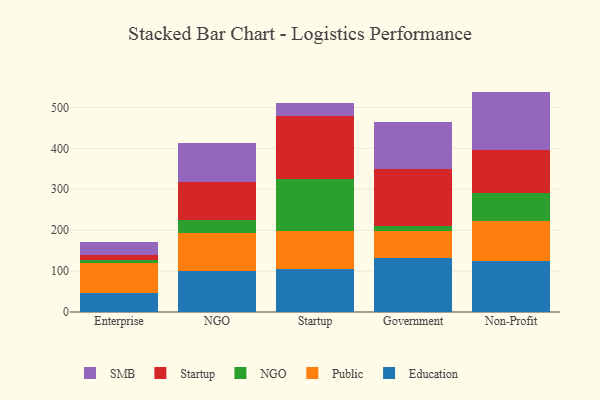
{"axis": {"x": "Segment", "y": "Inventory Turnover"}, "legend": ["Education", "NGO", "Public", "SMB", "Startup"], "data": [{"x": "Enterprise", "y": 46.5, "type": "Education"}, {"x": "Enterprise", "y": 73.3, "type": "Public"}, {"x": "Enterprise", "y": 7.1, "type": "NGO"}, {"x": "Enterprise", "y": 12.5, "type": "Startup"}, {"x": "Enterprise", "y": 32.8, "type": "SMB"}, {"x": "NGO", "y": 100.9, "type": "Education"}, {"x": "NGO", "y": 91.8, "type": "Public"}, {"x": "NGO", "y": 31.2, "type": "NGO"}, {"x": "NGO", "y": 94.3, "type": "Startup"}, {"x": "NGO", "y": 94.2, "type": "SMB"}, {"x": "Startup", "y": 105.2, "type": "Education"}, {"x": "Startup", "y": 93.9, "type": "Public"}, {"x": "Startup", "y": 126.4, "type": "NGO"}, {"x": "Startup", "y": 152.7, "type": "Startup"}, {"x": "Startup", "y": 32.3, "type": "SMB"}, {"x": "Government", "y": 131.3, "type": "Education"}, {"x": "Government", "y": 66.6, "type": "Public"}, {"x": "Government", "y": 12.7, "type": "NGO"}, {"x": "Government", "y": 140.0, "type": "Startup"}, {"x": "Government", "y": 113.7, "type": "SMB"}, {"x": "Non-Profit", "y": 124.7, "type": "Education"}, {"x": "Non-Profit", "y": 97.5, "type": "Public"}, {"x": "Non-Profit", "y": 68.9, "type": "NGO"}, {"x": "Non-Profit", "y": 105.9, "type": "Startup"}, {"x": "Non-Profit", "y": 141.8, "type": "SMB"}]}